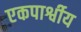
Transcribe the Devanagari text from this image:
एकपार्श्वीय